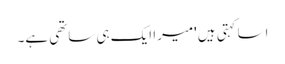
اسا کہتی ہیں 'میرا ایک ہی ساتھی ہے۔